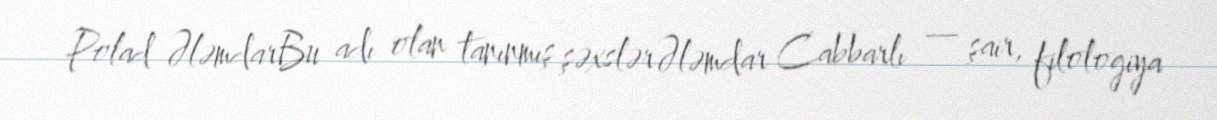
Polad ƏləmdarBu adı olan tanınmış şəxslərƏləmdar Cabbarlı — şair, filologiya